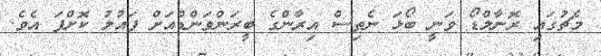
މެޗުގައި ރޮނާލްޑޯ ވަނީ ބޯޅަ ނެތިސް އިރާންގެ ބީރަންވަންޑްއަށް ފައުލު ކޮށްފަ އެވެ.